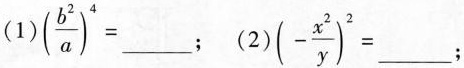
(1) $$ (\frac{b^{2}}{a})^{4} = ___$$；(2) $$ (- \frac{x^{2}}{y})^{2} = ___ $$；